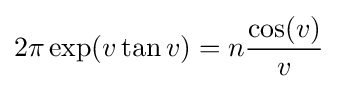
2\pi \exp(v\tan v)=n{\frac {\cos(v)}{v}}